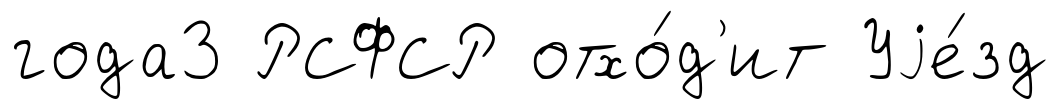
года3 РСФСР отхо́д'ит Уjе́зд